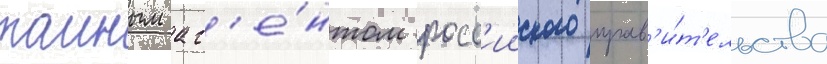
таиным аг'е́нтом росс'ииского прав'и́т'ельства